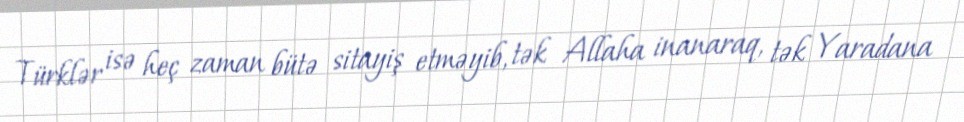
Türklər isə heç zaman bütə sitayiş etməyib, tək Allaha inanaraq, tək Yaradana